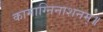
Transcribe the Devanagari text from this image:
कामाग्निनाशनम्॥